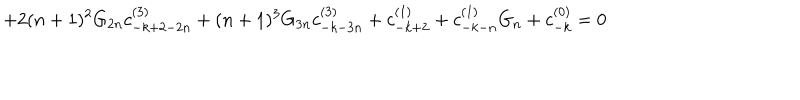
LaTeX: + 2 ( n + 1 ) ^ { 2 } G _ { 2 n } c _ { - k + 2 - 2 n } ^ { ( 3 ) } + ( n + 1 ) ^ { 3 } G _ { 3 n } c _ { - k - 3 n } ^ { ( 3 ) } + c _ { - k + 2 } ^ { ( 1 ) } + c _ { - k - n } ^ { ( 1 ) } G _ { n } + c _ { - k } ^ { ( 0 ) } = 0